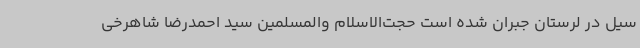
سیل در لرستان جبران شده است حجت‌الاسلام والمسلمین سید احمدرضا شاهرخی